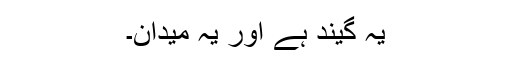
یہ گیند ہے اور یہ میدان۔